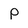
Character: p